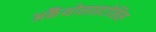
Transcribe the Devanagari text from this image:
अकैंथोसाइटोसिस